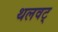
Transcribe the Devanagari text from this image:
थलवट्